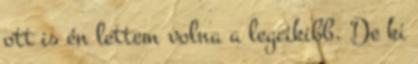
ott is én lettem volna a legcikibb. De ki